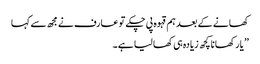
کھانے کے بعد ہم قہوہ پی چکے تو عارف نے مجھ سے کہا
” یار کھانا کچھ زیادہ ہی کھا لیا ہے ۔